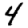
Digit: 4